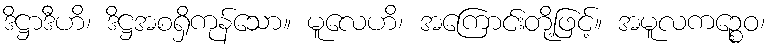
ဒိဋ္ဌာဒီဟိ၊ ဒိဋ္ဌအစရှိကုန်သော။ မူလေဟိ၊ အကြောင်းတို့ဖြင့်။ အမူလကဉ္စေဝ၊